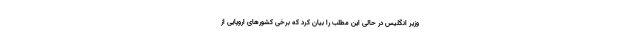
وزیر انگلیس در حالی این مطلب را بیان کرد که برخی کشورهای اروپایی از